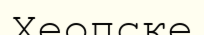
Хеопске